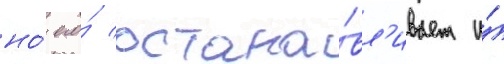
но́ его́ остана́вл'ивает и́